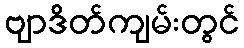
ဗျာဒိတ်ကျမ်းတွင်